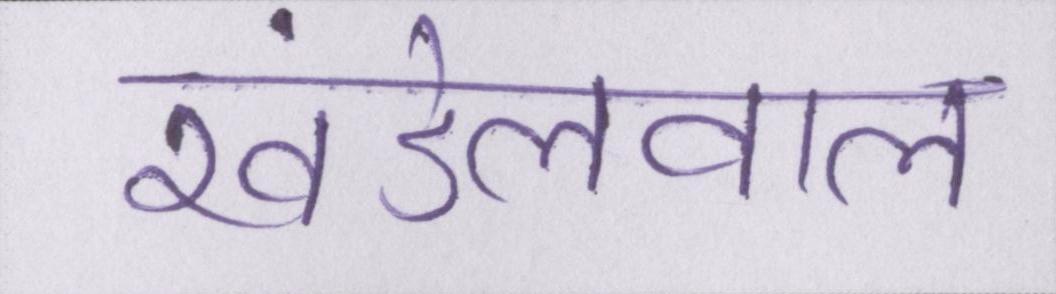
खंडेलवाल